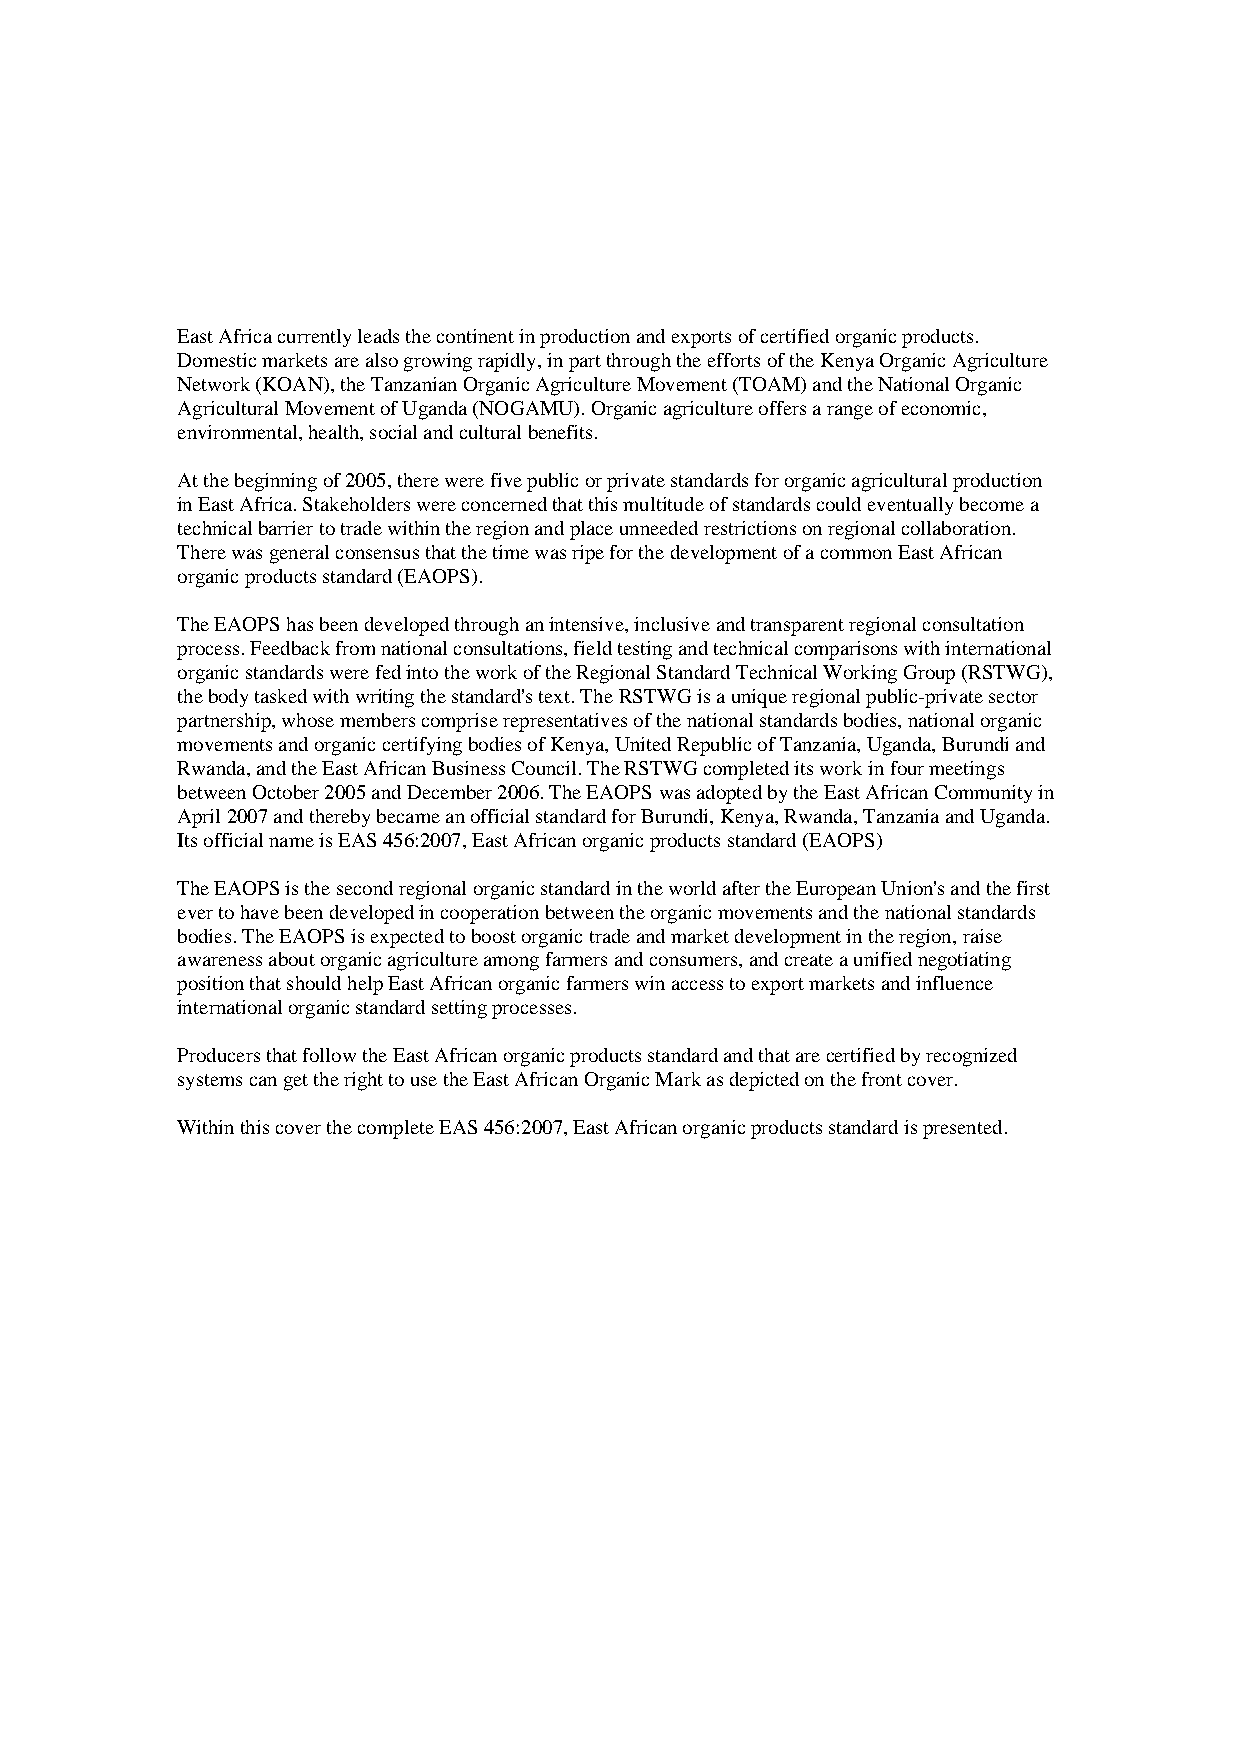
East Africa currently leads the continent in production and exports of certified organic products.
 Domestic markets are also growing rapidly, in part through the efforts of the Kenya Organic Agriculture
 Network (KOAN), the Tanzanian Organic Agriculture Movement (TOAM) and the National Organic
 Agricultural Movement of Uganda (NOGAMU). Organic agriculture offers a range of economic,
 environmental, health, social and cultural benefits.
 At the beginning of 2005, there were five public or private standards for organic agricultural production
 in East Africa. Stakeholders were concerned that this multitude of standards could eventually become a
 technical barrier to trade within the region and place unneeded restrictions on regional collaboration.
 There was general consensus that the time was ripe for the development of a common East African
 organic products standard (EAOPS).
 The EAOPS has been developed through an intensive, inclusive and transparent regional consultation
 process. Feedback from national consultations, field testing and technical comparisons with international
 organic standards were fed into the work of the Regional Standard Technical Working Group (RSTWG),
 the body tasked with writing the standard's text. The RSTWG is a unique regional public-private sector
 partnership, whose members comprise representatives of the national standards bodies, national organic
 movements and organic certifying bodies of Kenya, United Republic of Tanzania, Uganda, Burundi and
 Rwanda, and the East African Business Council. The RSTWG completed its work in four meetings
 between October 2005 and December 2006. The EAOPS was adopted by the East African Community in
 April 2007 and thereby became an official standard for Burundi, Kenya, Rwanda, Tanzania and Uganda.
 Its official name is EAS 456:2007, East African organic products standard (EAOPS)
 The EAOPS is the second regional organic standard in the world after the European Union's and the first
 ever to have been developed in cooperation between the organic movements and the national standards
 bodies. The EAOPS is expected to boost organic trade and market development in the region, raise
 awareness about organic agriculture among farmers and consumers, and create a unified negotiating
 position that should help East African organic farmers win access to export markets and influence
 international organic standard setting processes.
 Producers that follow the East African organic products standard and that are certified by recognized
 systems can get the right to use the East African Organic Mark as depicted on the front cover.
 Within this cover the complete EAS 456:2007, East African organic products standard is presented.